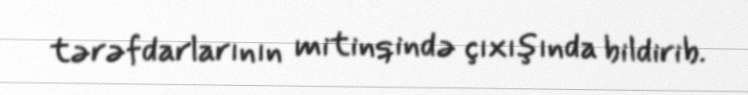
tərəfdarlarının mitinqində çıxışında bildirib.